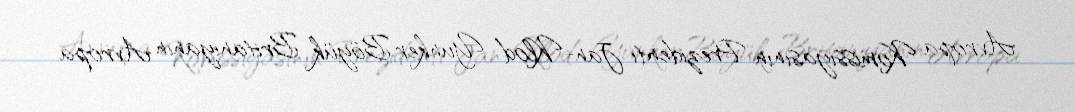
Avropa Komissiyasının Prezidenti Jan-Klod Yunker Böyük Britaniyanın Avropa